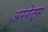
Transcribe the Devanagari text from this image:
अरंगेट्रम